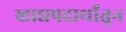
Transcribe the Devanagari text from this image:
खाद्यपदार्थांतून